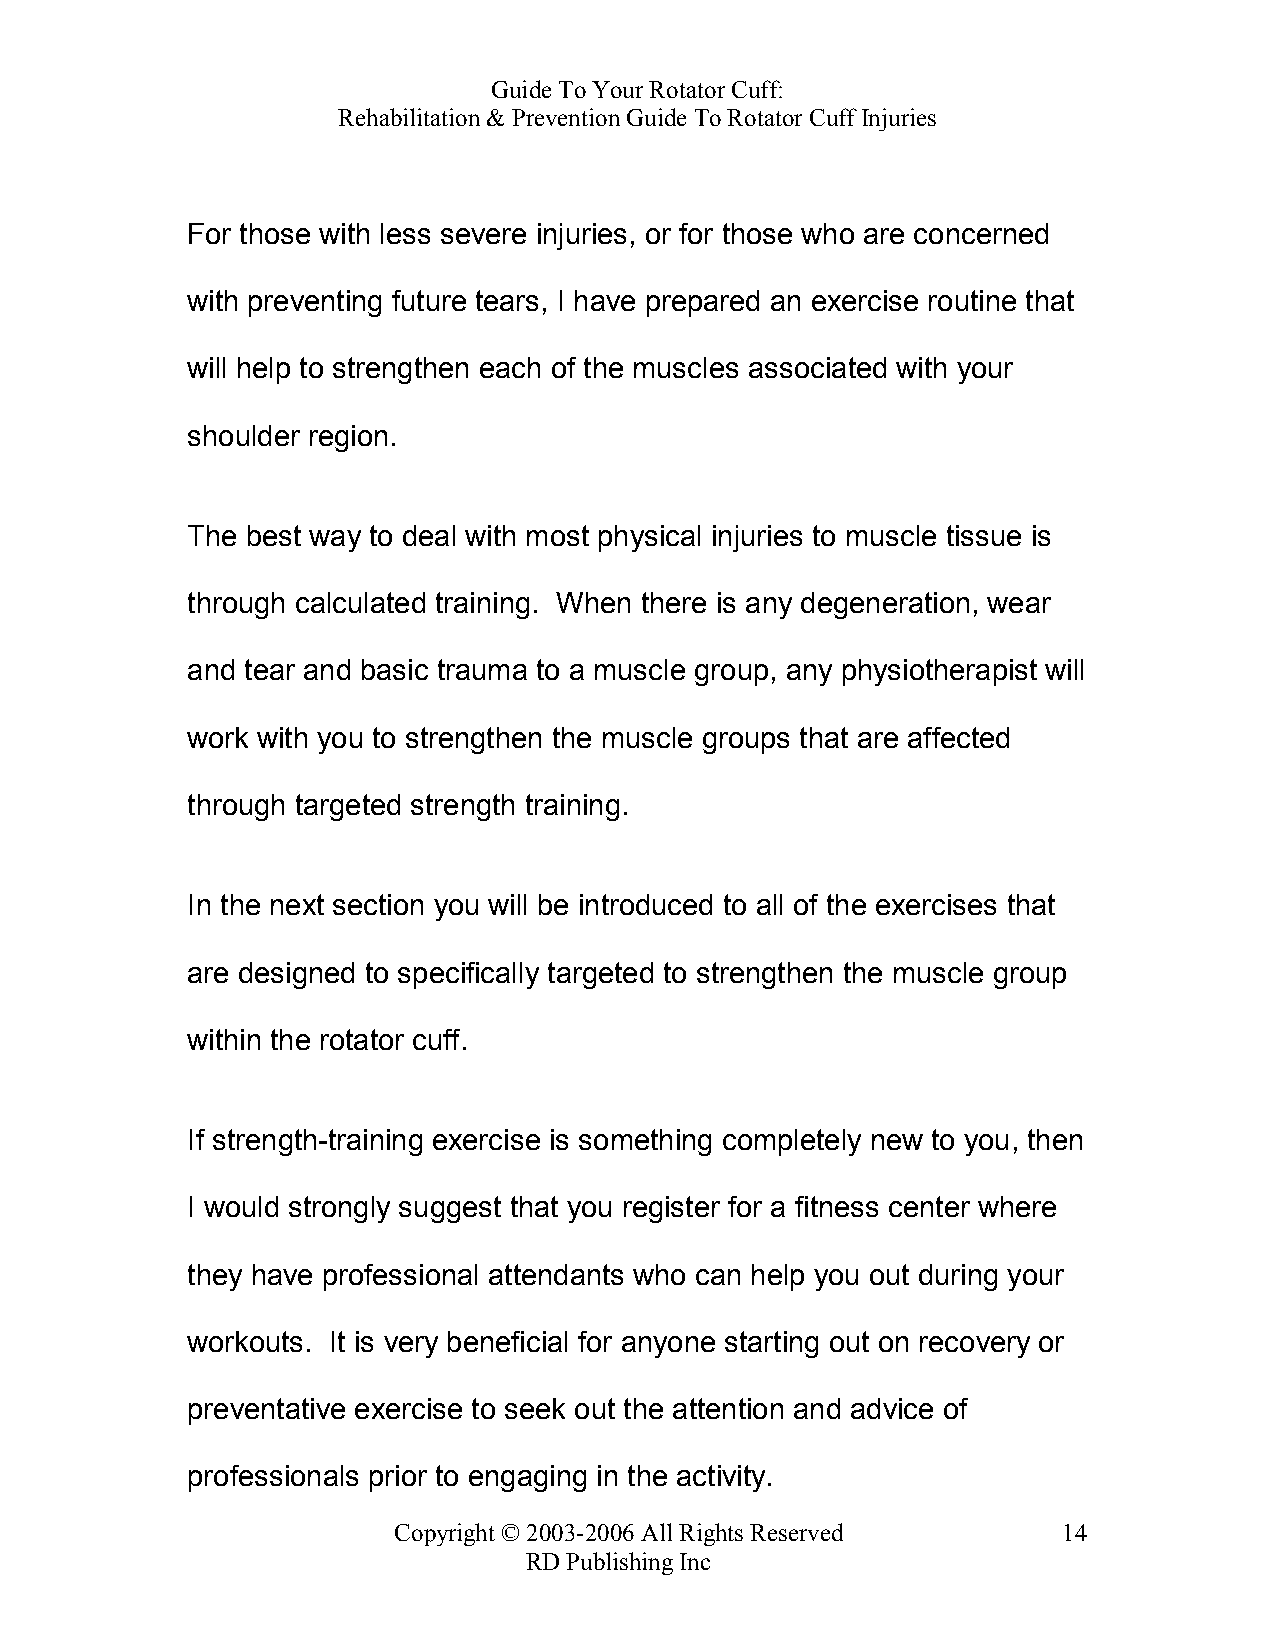
Guide To Your Rotator Cuff:
 Rehabilitation & Prevention Guide To Rotator Cuff Injuries
 For those with less severe injuries, or for those who are concerned
 with preventing future tears, I have prepared an exercise routine that
 will help to strengthen each of the muscles associated with your
 shoulder region.
 The best way to deal with most physical injuries to muscle tissue is
 through calculated training. When there is any degeneration, wear
 and tear and basic trauma to a muscle group, any physiotherapist will
 work with you to strengthen the muscle groups that are affected
 through targeted strength training.
 In the next section you will be introduced to all of the exercises that
 are designed to specifically targeted to strengthen the muscle group
 within the rotator cuff.
 If strength-training exercise is something completely new to you, then
 I would strongly suggest that you register for a fitness center where
 they have professional attendants who can help you out during your
 workouts. It is very beneficial for anyone starting out on recovery or
 preventative exercise to seek out the attention and advice of
 professionals prior to engaging in the activity.
 Copyright © 2003-2006 All Rights Reserved   14
 RD Publishing Inc